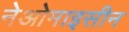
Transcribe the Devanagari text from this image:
नेओमाइसीन